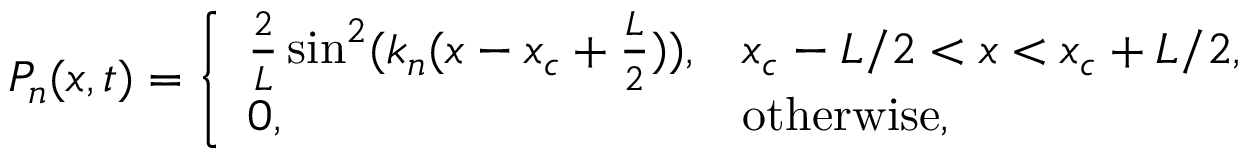
P _ { n } ( x , t ) = { \left\{ \begin{array} { l l } { { \frac { 2 } { L } } \sin ^ { 2 } ( k _ { n } ( x - x _ { c } + { \frac { L } { 2 } } ) ) , } & { x _ { c } - L / 2 < x < x _ { c } + L / 2 , } \\ { 0 , } & { { \mathrm { o t h e r w i s e , } } } \end{array} \right. }